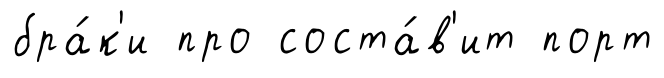
бра́к'и про соста́в'ит порт